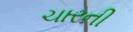
ચારની